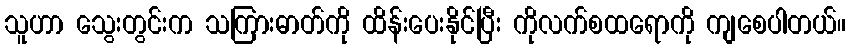
သူဟာ သွေးတွင်းက သကြားဓာတ်ကို ထိန်းပေးနိုင်ပြီး ကိုလက်စထရောကို ကျစေပါတယ်။